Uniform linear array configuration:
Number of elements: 8
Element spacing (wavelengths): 0.25
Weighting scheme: binomial
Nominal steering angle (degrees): -30
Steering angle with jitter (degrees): -30.276
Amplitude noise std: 0.05
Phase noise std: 0.05

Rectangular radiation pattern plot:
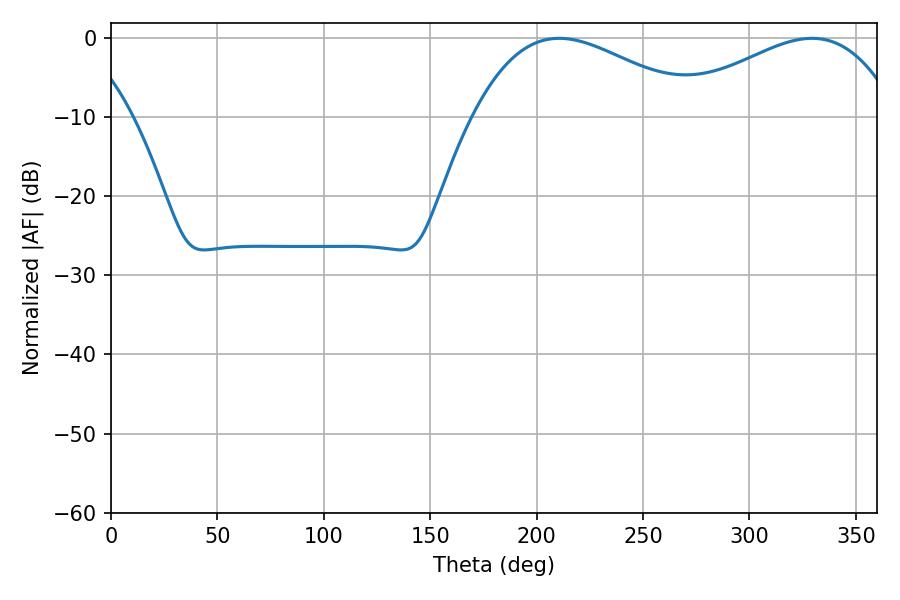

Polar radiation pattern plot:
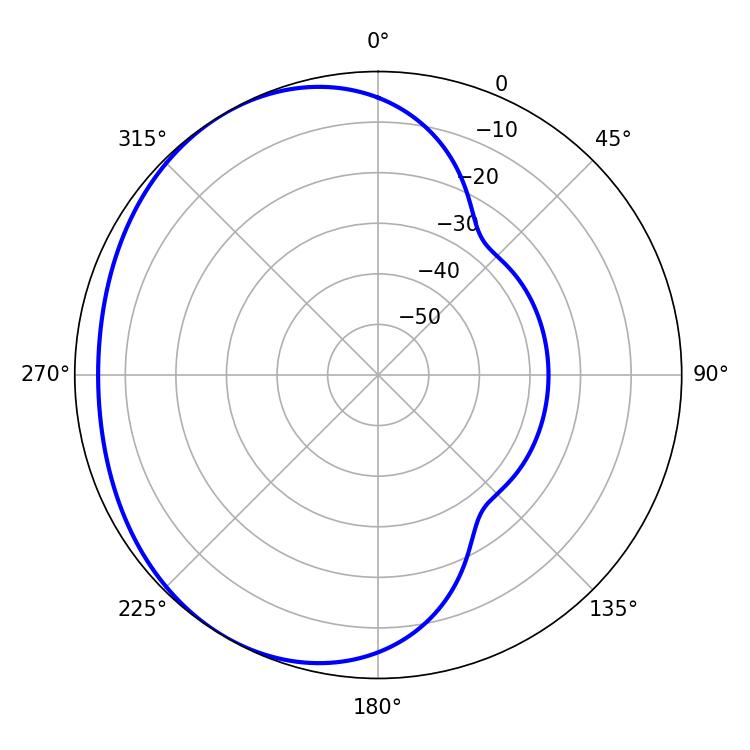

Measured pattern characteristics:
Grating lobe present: FALSE
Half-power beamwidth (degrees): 57.96
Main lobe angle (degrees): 210.6